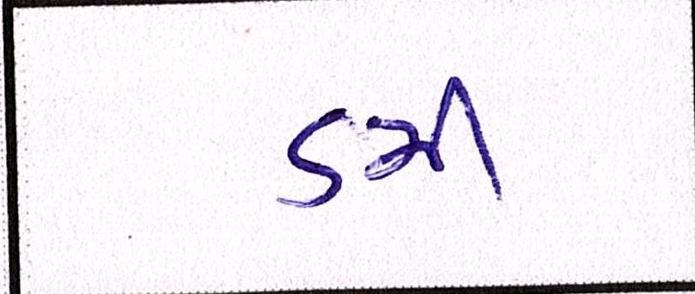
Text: ડમી